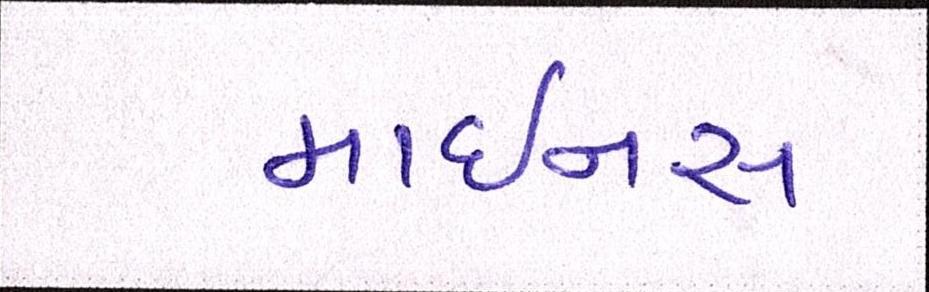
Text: માઇનસ